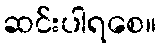
ဆင်းပါရစေ။